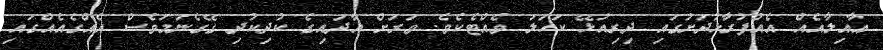
ޢާއިލާއެއް އެއްފުރާޅުދަށުގައި ދިިރިއުޅޭ ކަހަލަ ވެއްޓެކެވެ. ވަރަށް އާދައިގެ ކުދިކުދި ގޭގެނަމަވެސް އެއްގެއެއްގައި